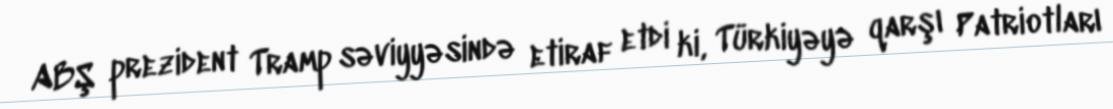
ABŞ prezident Tramp səviyyəsində etiraf etdi ki, Türkiyəyə qarşı Patriotları